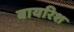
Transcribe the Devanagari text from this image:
बायरिश